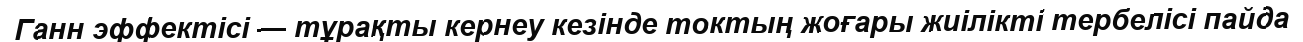
Ганн эффектісі — тұрақты кернеу кезінде токтың жоғары жиілікті тербелісі пайда